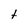
Character: t